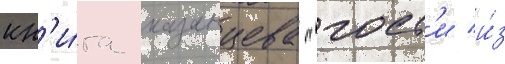
кн'и́га казанцева "гост'и и́з